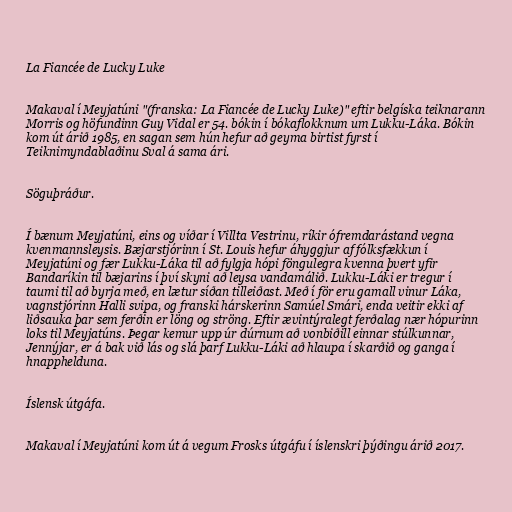
La Fiancée de Lucky Luke

Makaval í Meyjatúni "(franska: La Fiancée de Lucky Luke)" eftir belgíska teiknarann
Morris og höfundinn Guy Vidal er 54. bókin í bókaflokknum um Lukku-Láka. Bókin
kom út árið 1985, en sagan sem hún hefur að geyma birtist fyrst í
Teiknimyndablaðinu Sval á sama ári.

Söguþráður.

Í bænum Meyjatúni, eins og víðar í Villta Vestrinu, ríkir ófremdarástand vegna
kvenmannsleysis. Bæjarstjórinn í St. Louis hefur áhyggjur af fólksfækkun í
Meyjatúni og fær Lukku-Láka til að fylgja hópi föngulegra kvenna þvert yfir
Bandaríkin til bæjarins í því skyni að leysa vandamálið. Lukku-Láki er tregur í
taumi til að byrja með, en lætur síðan tilleiðast. Með í för eru gamall vinur Láka,
vagnstjórinn Halli svipa, og franski hárskerinn Samúel Smári, enda veitir ekki af
liðsauka þar sem ferðin er löng og ströng. Eftir ævintýralegt ferðalag nær hópurinn
loks til Meyjatúns. Þegar kemur upp úr dúrnum að vonbiðill einnar stúlkunnar,
Jennýjar, er á bak við lás og slá þarf Lukku-Láki að hlaupa í skarðið og ganga í
hnapphelduna.

Íslensk útgáfa.

Makaval í Meyjatúni kom út á vegum Frosks útgáfu í íslenskri þýðingu árið 2017.